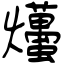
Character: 爡